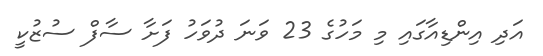
އަދި އިންޑިއާގައި މި މަހުގެ 23 ވަނަ ދުވަހު ފަށާ ސާފް ސުޒުކީ